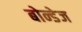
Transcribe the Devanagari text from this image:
बोन्डेज